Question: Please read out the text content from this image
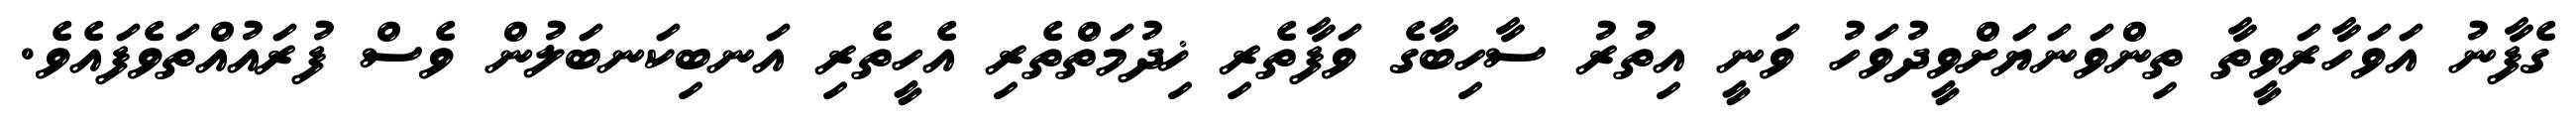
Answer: ގެފާނު އަވަހާރަވީތާ ތިންވަނަޔަށްވީދުވަހު ވަނީ އިތުރު ސާހިބާގެ ވަފާތެރި ޚިދުމަތްތެރި އެހީތެރި އަނބިކަނބަލުން ވެސް ފުރައުއްތަވެފައެވެ.